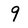
Character: 9